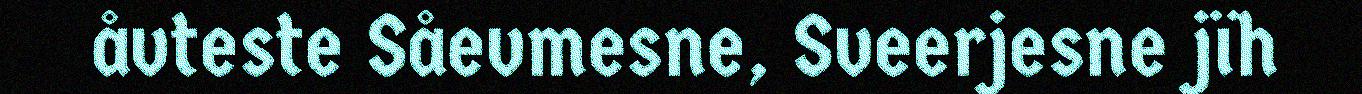
åvteste Såevmesne, Sveerjesne jïh